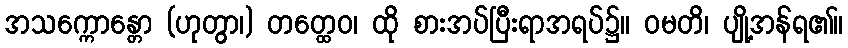
အသက္ကောန္တော (ဟုတွာ၊) တတ္ထေဝ၊ ထို စားအပ်ပြီးရာအရပ်၌။ ဝမတိ၊ ပျို့အန်ရ၏။